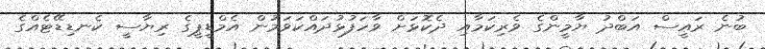
ބުނެ ރައީސް އަބްދު ޔާމީންގެ ވެރިކަމާއި ދެކޮޅަށް ވާހަފުޅުދައްކަވަމުން އެމްޑީޕީގެ ރިޔާސީ ކެނޑިޑޭޓެއްގެ